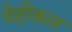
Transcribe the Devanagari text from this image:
वेहीकल